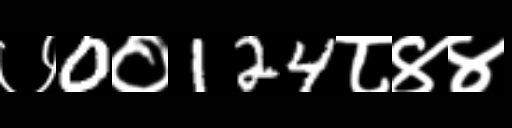
Text: ७0०124८४४